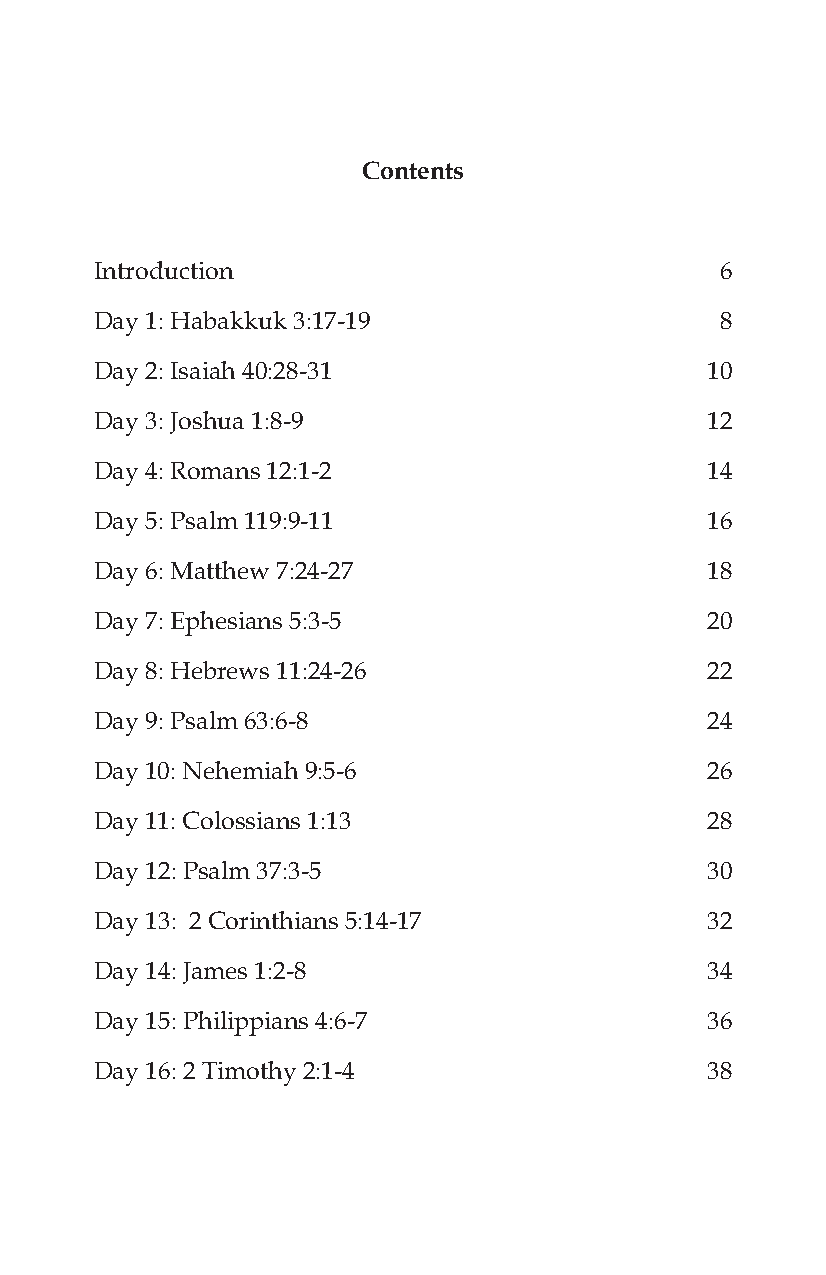
Contents
 Introduction                              6
 Day 1: Habakkuk 3:17-19                   8
 Day 2: Isaiah 40:28-31                   10
 Day 3: Joshua 1:8-9                      12
 Day 4: Romans 12:1-2                     14
 Day 5: Psalm 119:9-11                    16
 Day 6: Matthew 7:24-27                   18
 Day 7: Ephesians 5:3-5                   20
 Day 8: Hebrews 11:24-26                  22
 Day 9: Psalm 63:6-8                      24
 Day 10: Nehemiah 9:5-6                   26
 Day 11: Colossians 1:13                  28
 Day 12: Psalm 37:3-5                     30
 Day 13: 2 Corinthians 5:14-17            32
 Day 14: James 1:2-8                      34
 Day 15: Philippians 4:6-7                36
 Day 16: 2 Timothy 2:1-4                  38